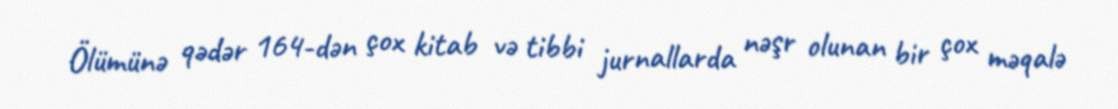
Ölümünə qədər 164-dən çox kitab və tibbi jurnallarda nəşr olunan bir çox məqalə